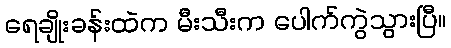
ရေချိုးခန်းထဲက မီးသီးက ပေါက်ကွဲသွားပြီ။